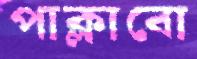
পাক্‌লাবো